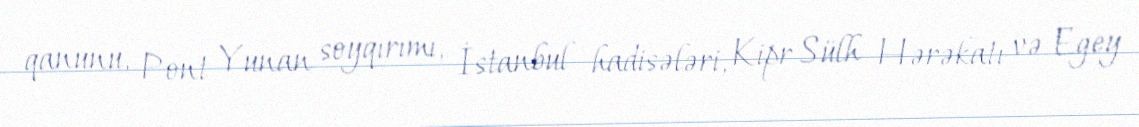
qanunu, Pont Yunan soyqırımı, İstanbul hadisələri, Kipr Sülh Hərəkatı və Egey